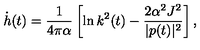
\dot { h } ( t ) = \frac { 1 } { 4 \pi \alpha } \left[ \ln k ^ { 2 } ( t ) - \frac { 2 \alpha ^ { 2 } J ^ { 2 } } { | p ( t ) | ^ { 2 } } \right] ,